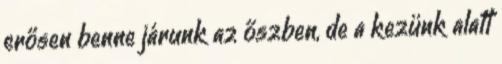
erősen benne járunk az őszben, de a kezünk alatt